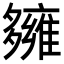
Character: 𡗌